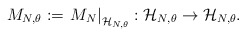
\begin{align*}M_{N, \theta}:=\left.M_N\right|_{\mathcal{H}_{N, \theta}}:\mathcal{H}_{N, \theta}\to \mathcal{H}_{N, \theta}.\end{align*}